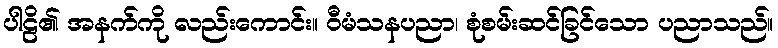
ပါဠိ၏ အနက်ကို လည်းကောင်း။ ဝီမံသနပညာ၊ စုံစမ်းဆင်ခြင်သော ပညာသည်။